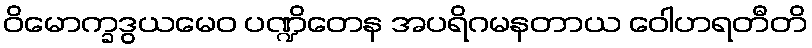
ဝိမောက္ခဒွယမေဝ ပဏ္ဍိတေန အပရိဂမနတာယ ဝေါဟရတီတိ